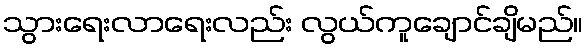
သွားရေးလာရေးလည်း လွယ်ကူချောင်ချိမည်။